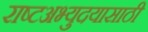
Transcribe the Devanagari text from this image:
राष्टअभ्युदयासाठी